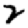
Digit: 2